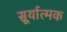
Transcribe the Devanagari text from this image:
सूर्यात्मक